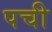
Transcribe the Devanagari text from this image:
पची